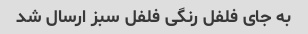
به جای فلفل رنگی فلفل سبز ارسال شد